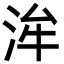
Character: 洠